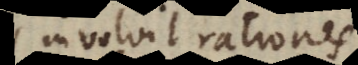
involvit rationes